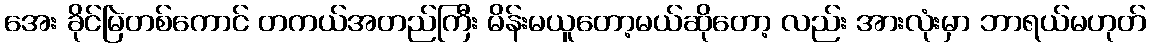
အေး ခိုင်မြဲတစ်ကောင် တကယ်အတည်ကြီး မိန်းမယူတော့မယ်ဆိုတော့ လည်း အားလုံးမှာ ဘာရယ်မဟုတ်